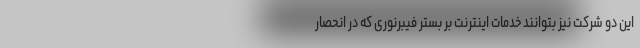
این دو شرکت نیز بتوانند خدمات اینترنت بر بستر فیبرنوری که در انحصار